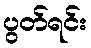
ပွတ်ရင်း